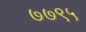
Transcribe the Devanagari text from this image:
७७९५